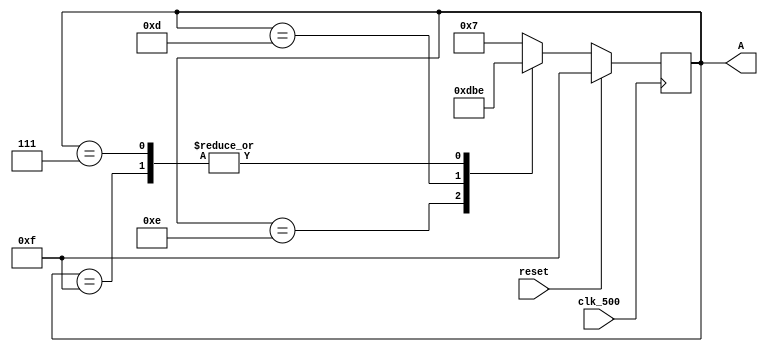
`timescale 1ns / 1ps
//////////////////////////////////////////////////////////////////////////////////
// Company: 
// Engineer: 
// 
// Design Name: 
// Module Name: Ringcounter
// Project Name: 
// Target Devices: 
// Tool Versions: 
// Description: 
// 
// Dependencies: 
// 
// Revision:
// Revision 0.01 - File Created
// Additional Comments:
// 
//////////////////////////////////////////////////////////////////////////////////


module Ringcounter(A,clk_500,reset);
output [3:0] A;
input clk_500,reset;
reg [3:0] A;
initial A=4'b1111;
always @(posedge clk_500)
if (reset==1) A=4'b1111;
else 
    begin
        case (A)
            4'b1111: A = 4'b1110;
            4'b1110: A = 4'b1101;
            4'b1101: A = 4'b1011;
            4'b1011: A = 4'b0111;
            4'b0111: A = 4'b1110;
            default A=1111;
         endcase

    end
endmodule